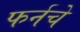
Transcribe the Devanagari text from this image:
फर्नचे